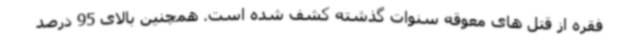
فقره از قتل های معوقه سنوات گذشته کشف شده است. همچنین بالای 95 درصد